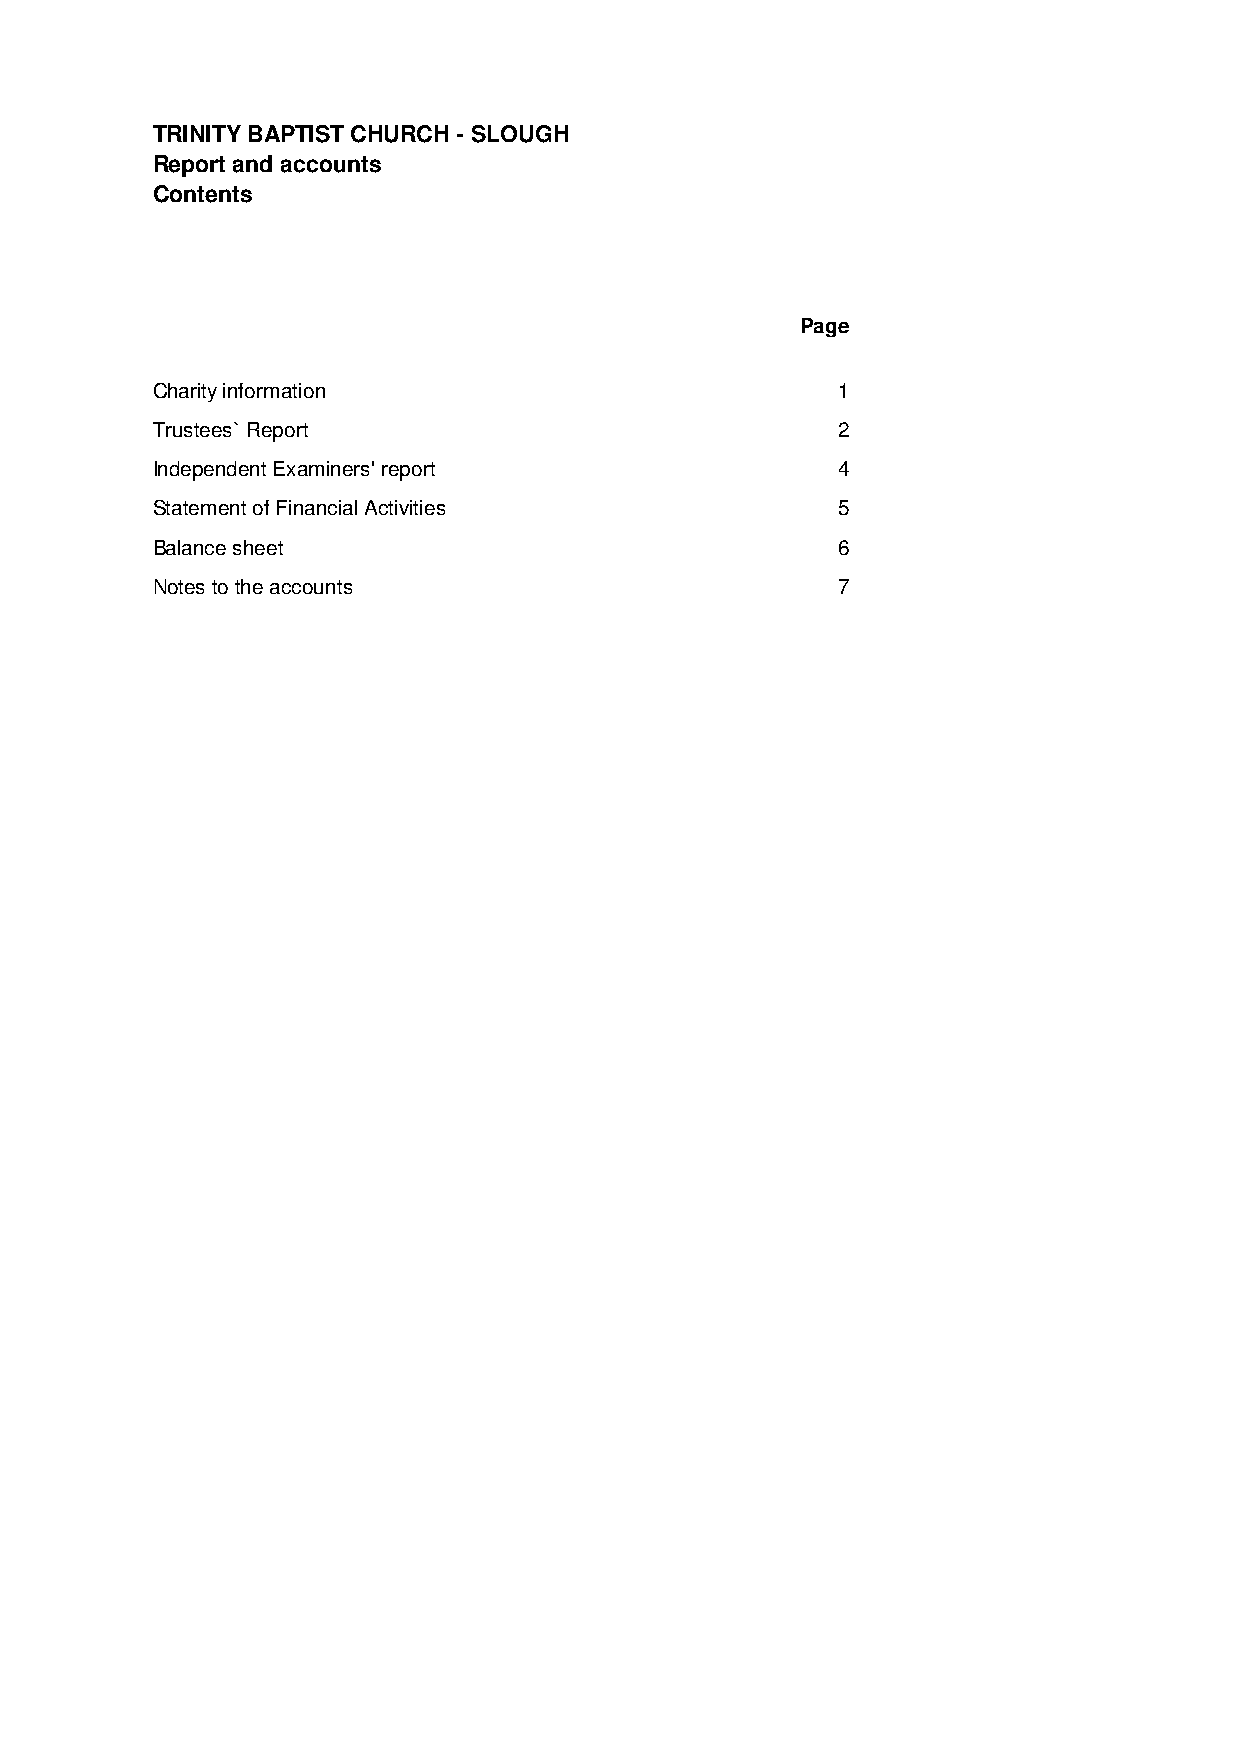
TRINITY BAPTIST CHURCH - SLOUGH
 Report and accounts
 Contents
 Page
 Charity information                          1
 Trustees` Report                             2
 Independent Examiners' report                4
 Statement of Financial Activities            5
 Balance sheet                                6
 Notes to the accounts                        7